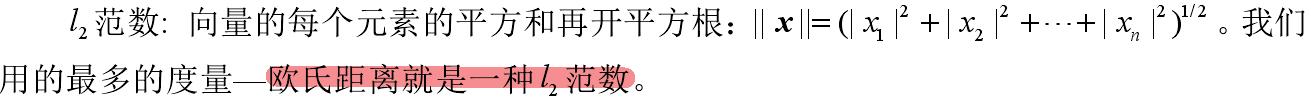
$l_2$范数: 向量的每个元素的平方和再开平方根：$\|\boldsymbol{x}\|=(|x_1|^2 + |x_2|^2 + \cdots + |x_n|^2)^{1/2}$。我们用的最多的度量—欧氏距离就是一种$l_2$范数。